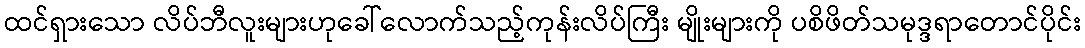
ထင်ရှားသော လိပ်ဘီလူးများဟုခေါ်လောက်သည့်ကုန်းလိပ်ကြီး မျိုးများကို ပစိဖိတ်သမုဒ္ဒရာတောင်ပိုင်း